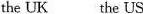
the UK the US